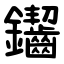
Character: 䥹